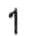
1